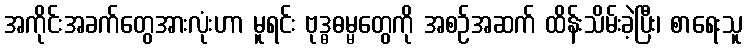
အကိုင်းအခက်တွေအားလုံးဟာ မူရင်း ဗုဒ္ဓဓမ္မတွေကို အစဉ်အဆက် ထိန်းသိမ်းခဲ့ပြီး၊ စာရေးသူ